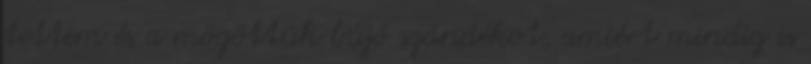
tettem és a mögöttük bújó szándékot, amiért mindig is